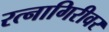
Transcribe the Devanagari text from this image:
रत्नागिरीवर